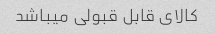
کالای قابل قبولی میباشد